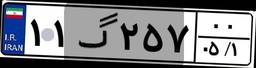
۱۱گ۲۵۷۰۰